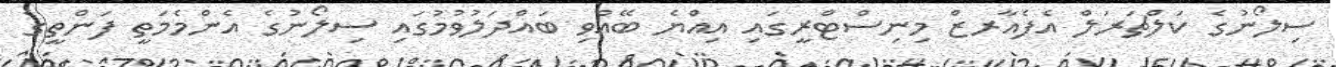
ސިލޯނުގެ ކަލްޗަރަލް އެފެއާރޒް މިނިސްޓްރީގައި އިއްޔެ ބޭއްވި ބައްދަލުވުމުގައި ސިލޯނުގެ އެންމެމަތީ ފަންތީގެ